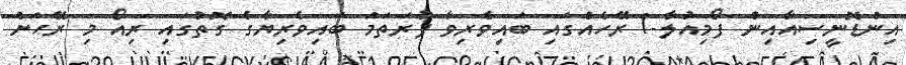
އިންޑޮނީސިއާއިން ފޯމިއުލާ-1 ރޭހެއްގައި ބައިވެރިވާ ފުރަތަމަ ބައިވެރިޔާގެ ގޮތުގައި ރިއޯ މި ރޭހަށް